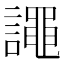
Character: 譝